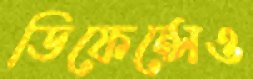
ডিফেন্সেও